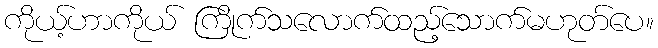
ကိုယ့်ဟာကိုယ် ကြိုက်သလောက်ထည့်သောက်မဟုတ်ပေ။